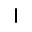
|